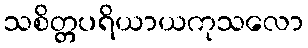
သစိတ္တပရိယာယကုသလော